Annual report on the Civil Veterinary Department, Burma (including the Insein Veterinary School) - 1923-1931
Year: 1923
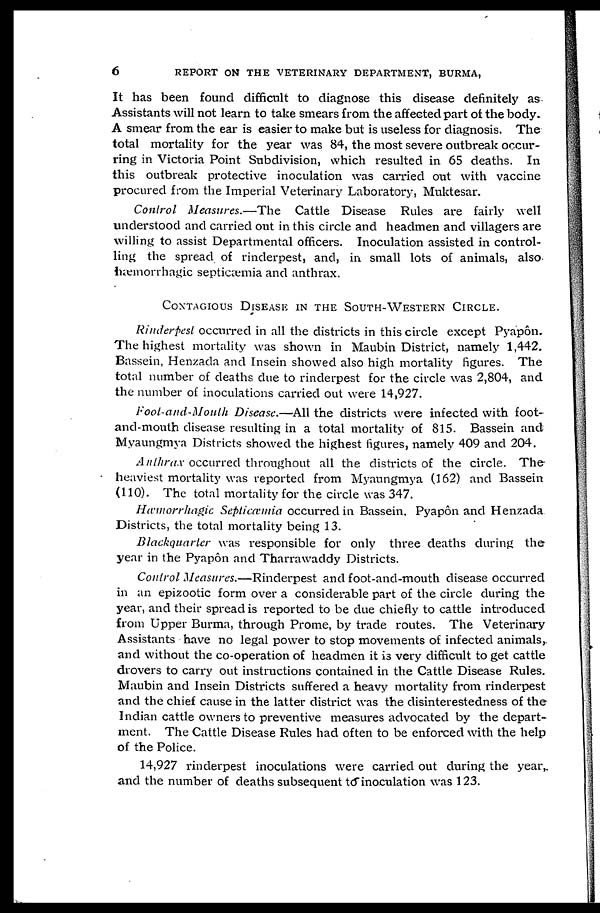
6
REPORT ON THE VETERINARY DEPARTMENT, BURMA.
It has been found difficult to diagnose this disease definitely as
Assistants will not learn to take smears from the affected part of the body.
A smear from the ear is easier to make but is useless for diagnosis. The
total mortality for the year was 84, the most severe outbreak occur-
ring in Victoria Point Subdivision, which resulted in 65 deaths. In
this outbreak protective inoculation was carried out with vaccine
procured from the Imperial Veterinary Laboratory, Muktesar.
Control Measures.—The Cattle Disease Rules are fairly well
understood and carried out in this circle and headmen and villagers are
willing to assist Departmental officers. Inoculation assisted in control-
ling the spread of rinderpest, and, in small lots of animals, also
hæmorrhagic septicæmia and anthrax.
CONTAGIOUS DISEASES IN THE SOUTH-WESTERN CIRCLE.
Rinderpest occurred in all the districts in this circle except Pyapôn.
The highest mortality was shown in Maubin District, namely 1,442.
Bassein, Henzada and Insein showed also high mortality figures. The
total number of deaths due to rinderpest for the circle was 2,804, and
the number of inoculations carried out were 14,927.
Foot-and-Mouth Disease.—All the districts were infected with foot-
and-mouth disease resulting in a total mortality of 815. Bassein and
Myaungmya Districts showed the highest figures, namely 409 and 204.
Anthrax occurred throughout all the districts of the circle. The
heaviest mortality was reported from Myaungmya (162) and Bassein
(110). The total mortality for the circle was 347.
Hæmorrhagic Septicæmia occurred in Bassein. Pyapôn and Henzada
Districts, the total mortality being 13.
Blackquarter was responsible for only three deaths during the
year in the Pyapôn and Tharrawaddy Districts.
Control Measures.—Rinderpest and foot-and-mouth disease occurred
in an epizootic form over a considerable part of the circle during the
year, and their spread is reported to be due chiefly to cattle introduced
from Upper Burma, through Prome, by trade routes. The Veterinary
Assistants have no legal power to stop movements of infected animals,
and without the co-operation of headmen it is very difficult to get cattle
drovers to carry out instructions contained in the Cattle Disease Rules.
Maubin and Insein Districts suffered a heavy mortality from rinderpest
and the chief cause in the latter district was the disinterestedness of the
Indian cattle owners to preventive measures advocated by the depart-
ment. The Cattle Disease Rules had often to be enforced with the help
of the Police.
14,927 rinderpest inoculations were carried out during the year,
and the number of deaths subsequent to inoculation was 123.